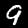
Label: 9